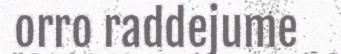
orro raddejume